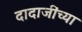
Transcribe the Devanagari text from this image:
दादाजींच्या